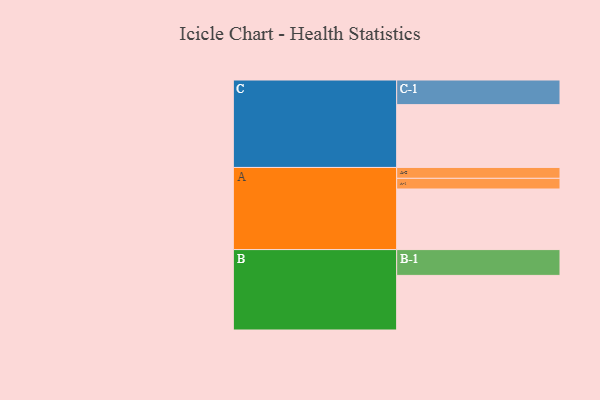
{"axis": {"x": "Segment", "y": "Value"}, "legend": ["", "A", "B", "C"], "data": [{"x": "A", "y": 568, "type": ""}, {"x": "B", "y": 512, "type": ""}, {"x": "C", "y": 589, "type": ""}, {"x": "A-1", "y": 100, "type": "A"}, {"x": "A-2", "y": 102, "type": "A"}, {"x": "B-1", "y": 242, "type": "B"}, {"x": "C-1", "y": 231, "type": "C"}]}